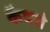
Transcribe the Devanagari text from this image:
कैथरो